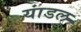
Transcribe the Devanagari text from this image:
यांडल